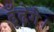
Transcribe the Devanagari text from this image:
ढूँढ़ेगे।